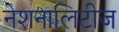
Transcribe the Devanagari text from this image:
नेशनालिटीज